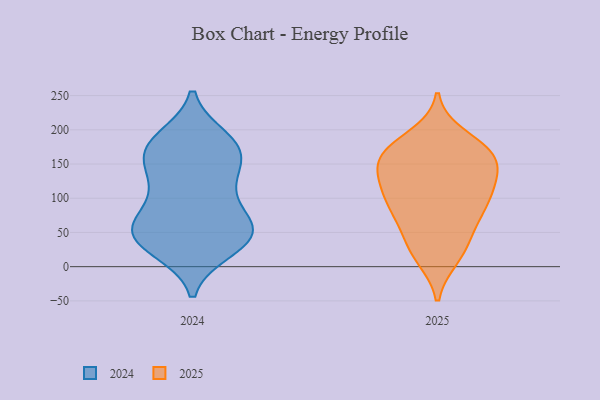
{"axis": {"x": "Churn Rate (%)", "y": "Value"}, "legend": ["2024", "2025"], "data": [{"x": "", "y": 167, "type": "2024"}, {"x": "", "y": 173, "type": "2024"}, {"x": "", "y": 44, "type": "2024"}, {"x": "", "y": 57, "type": "2024"}, {"x": "", "y": 58, "type": "2024"}, {"x": "", "y": 164, "type": "2024"}, {"x": "", "y": 26, "type": "2024"}, {"x": "", "y": 44, "type": "2024"}, {"x": "", "y": 62, "type": "2024"}, {"x": "", "y": 124, "type": "2024"}, {"x": "", "y": 72, "type": "2024"}, {"x": "", "y": 120, "type": "2024"}, {"x": "", "y": 163, "type": "2024"}, {"x": "", "y": 44, "type": "2024"}, {"x": "", "y": 30, "type": "2024"}, {"x": "", "y": 182, "type": "2024"}, {"x": "", "y": 186, "type": "2024"}, {"x": "", "y": 113, "type": "2024"}, {"x": "", "y": 139, "type": "2025"}, {"x": "", "y": 125, "type": "2025"}, {"x": "", "y": 87, "type": "2025"}, {"x": "", "y": 168, "type": "2025"}, {"x": "", "y": 84, "type": "2025"}, {"x": "", "y": 158, "type": "2025"}, {"x": "", "y": 35, "type": "2025"}, {"x": "", "y": 44, "type": "2025"}, {"x": "", "y": 166, "type": "2025"}, {"x": "", "y": 190, "type": "2025"}, {"x": "", "y": 110, "type": "2025"}, {"x": "", "y": 152, "type": "2025"}, {"x": "", "y": 168, "type": "2025"}, {"x": "", "y": 83, "type": "2025"}, {"x": "", "y": 171, "type": "2025"}, {"x": "", "y": 17, "type": "2025"}, {"x": "", "y": 14, "type": "2025"}, {"x": "", "y": 124, "type": "2025"}, {"x": "", "y": 76, "type": "2025"}, {"x": "", "y": 113, "type": "2025"}]}